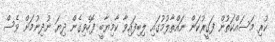
ކުރި މަސައްކަތުން ފަގީރުކަން ނައްތާލުމުގައި ލިބިފައިވާ ކާމިޔާބީ ފޮހެވިގެން ދިޔަ ނުދިނުމަށް ވެސް